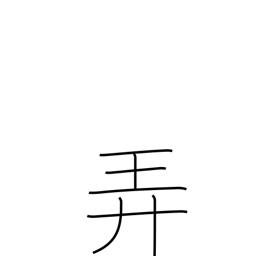
Meaning: trifle with